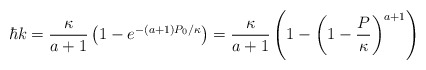
\begin{align*} \hbar k = \frac{\kappa}{a+1}\left(1- e^{-(a+1)P_0/\kappa}\right) = \frac{\kappa}{a+1}\left( 1 - \left(1 - \frac P\kappa\right)^{a+1}\right)\end{align*}